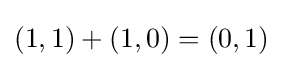
(1,1)+(1,0)=(0,1)